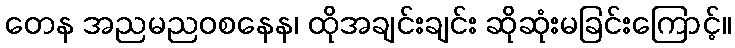
တေန အညမညဝစနေန၊ ထိုအချင်းချင်း ဆိုဆုံးမခြင်းကြောင့်။